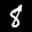
Label: 8